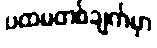
ပထမတစ်ချက်မှာ